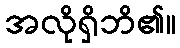
အလိုရှိဘိ၏။